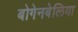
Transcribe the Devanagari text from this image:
बोगेनबेलिया